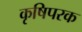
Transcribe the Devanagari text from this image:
कृषिपरक